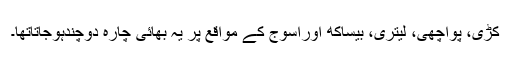
کڑی، پوآچھی، لیتری، بیساکھ اوراسوج کے مواقع پر یہ بھائی چارہ دوچندہوجاتاتھا۔